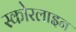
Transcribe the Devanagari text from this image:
स्कोरलाइन